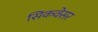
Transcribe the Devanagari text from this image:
सिकवेसर